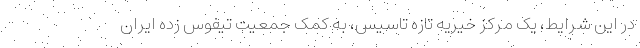
در این شرایط، یک مرکز خیریه تازه تاسیس، به کمک جمعیت تیفوس زده ایران